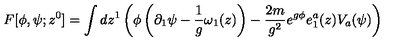
F [ \phi , \psi ; z ^ { 0 } ] = \int d z ^ { 1 } \left( \phi \left( \partial _ { 1 } \psi - { \frac 1 g } \omega _ { 1 } ( z ) \right) - \frac { 2 m } { g ^ { 2 } } e ^ { g \phi } e _ { 1 } ^ { a } ( z ) V _ { a } ( \psi ) \right) \